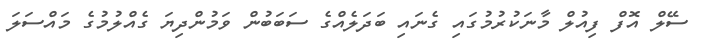
ސޭލް އޮފް ފިއުލް މާނަކުރުމުގައި ގެނައި ބަދަލެއްގެ ސަބަބުން ވަމުންދިޔަ ގެއްލުމުގެ މައްސަލަ